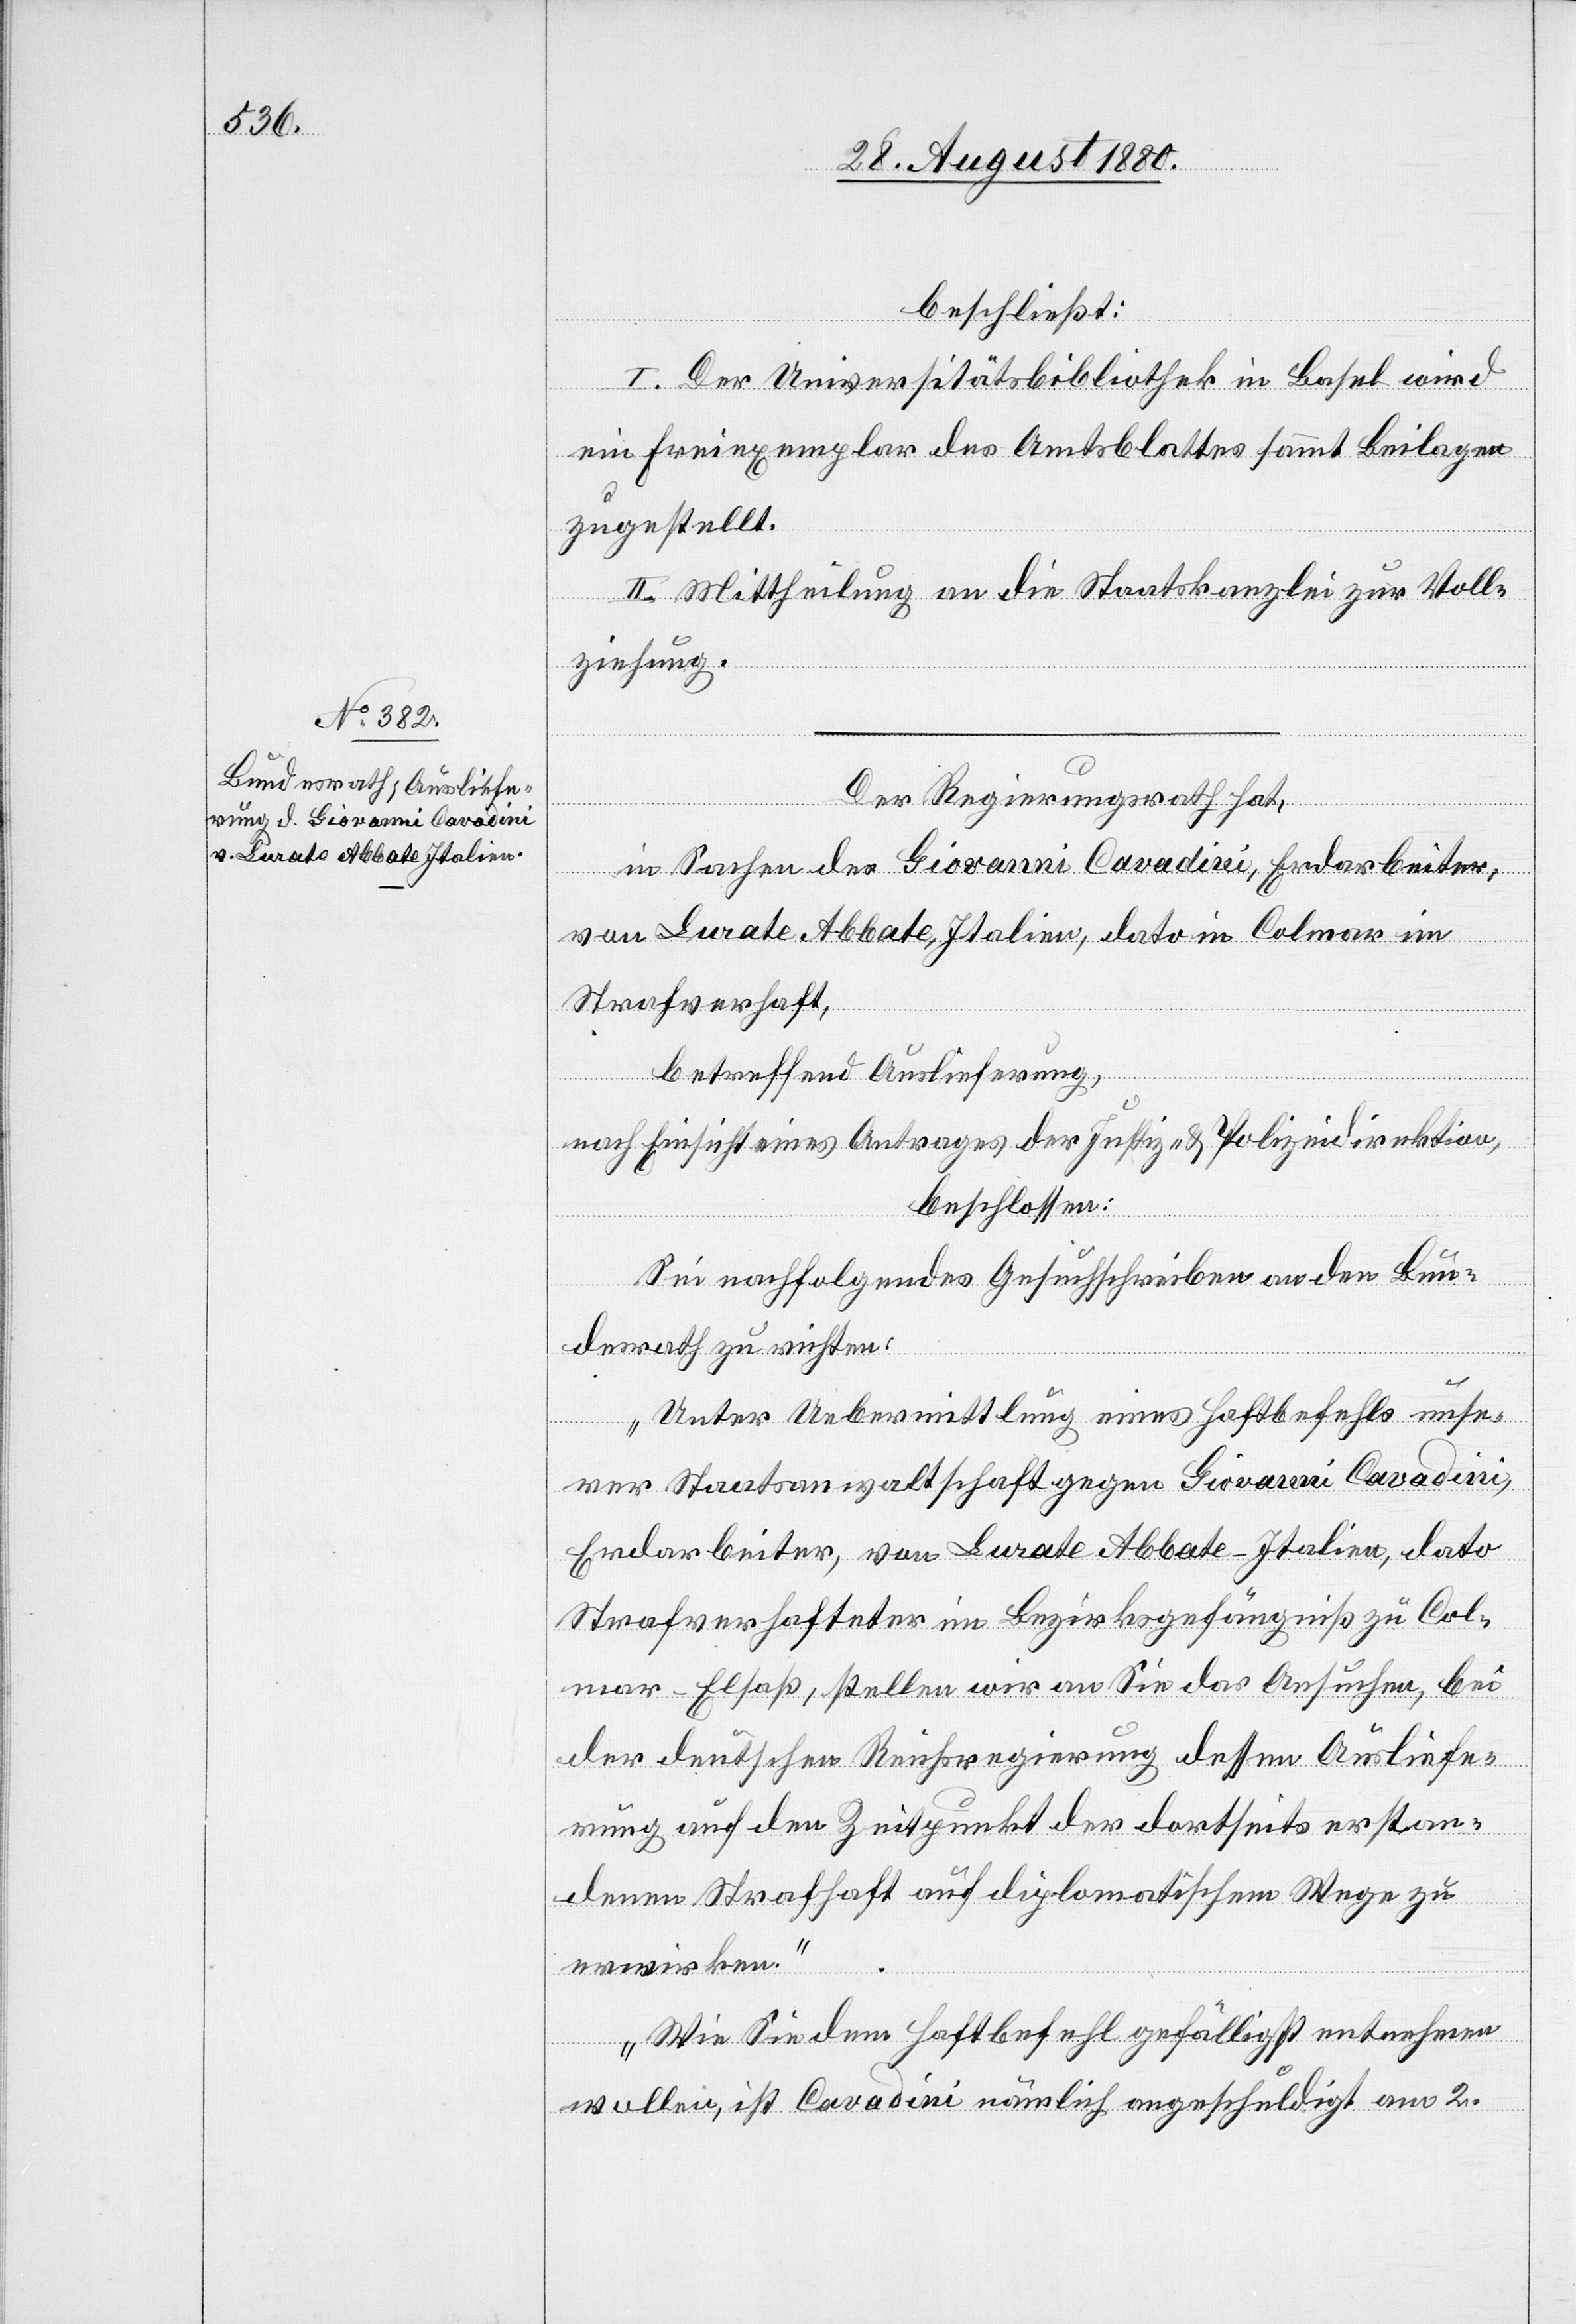
beschließt:
I. Der Universitätsbibliothek in Basel wird
ein Freiexemplar des Amtsblattes sammt Beilage
zugestellt.
II. Mittheilung an die Staatskanzlei zur Voll¬
ziehung.
Der Regierungsrath hat,
in Sachen des Giovanni Cavadini, Erdarbeiter,
von Lurate Abbate, Italien, dato in Colmar im
Strafverhaft,
betreffend Auslieferung,
nach Einsicht eines Antrages der Justiz- & Polizeidirektion,
beschlossen:
Sei nachfolgendes Gesuchschreiben an den Bun¬
desrath zu richten:
„Unter Uebermittlung eines Haftbefehls unse¬
rer Staatsanwaltschaft gegen Giovanni Cavadini,
Erdarbeiter, von Lurate Abbate - Italien, dato
Strafverhafteter im Bezirksgefängnis zu Col¬
mar - Elsaß, stellen wir an Sie das Ansuchen, bei
der deutschen Reichsregierung dessen Ausliefe¬
rung auf den Zeitpunkt der dortseits erstan¬
denen Strafhaft auf diplomatischem Wege zu
erwirken.
Wie Sie dem Haftbefehl gefälligst entnehmen
wollen, ist Cavadini nämlich angeschuldigt am 2.